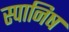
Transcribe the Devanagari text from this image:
स्पानिष